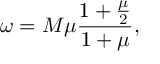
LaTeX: \omega = M \mu \frac { 1 + \frac { \mu } 2 } { 1 + \mu } ,